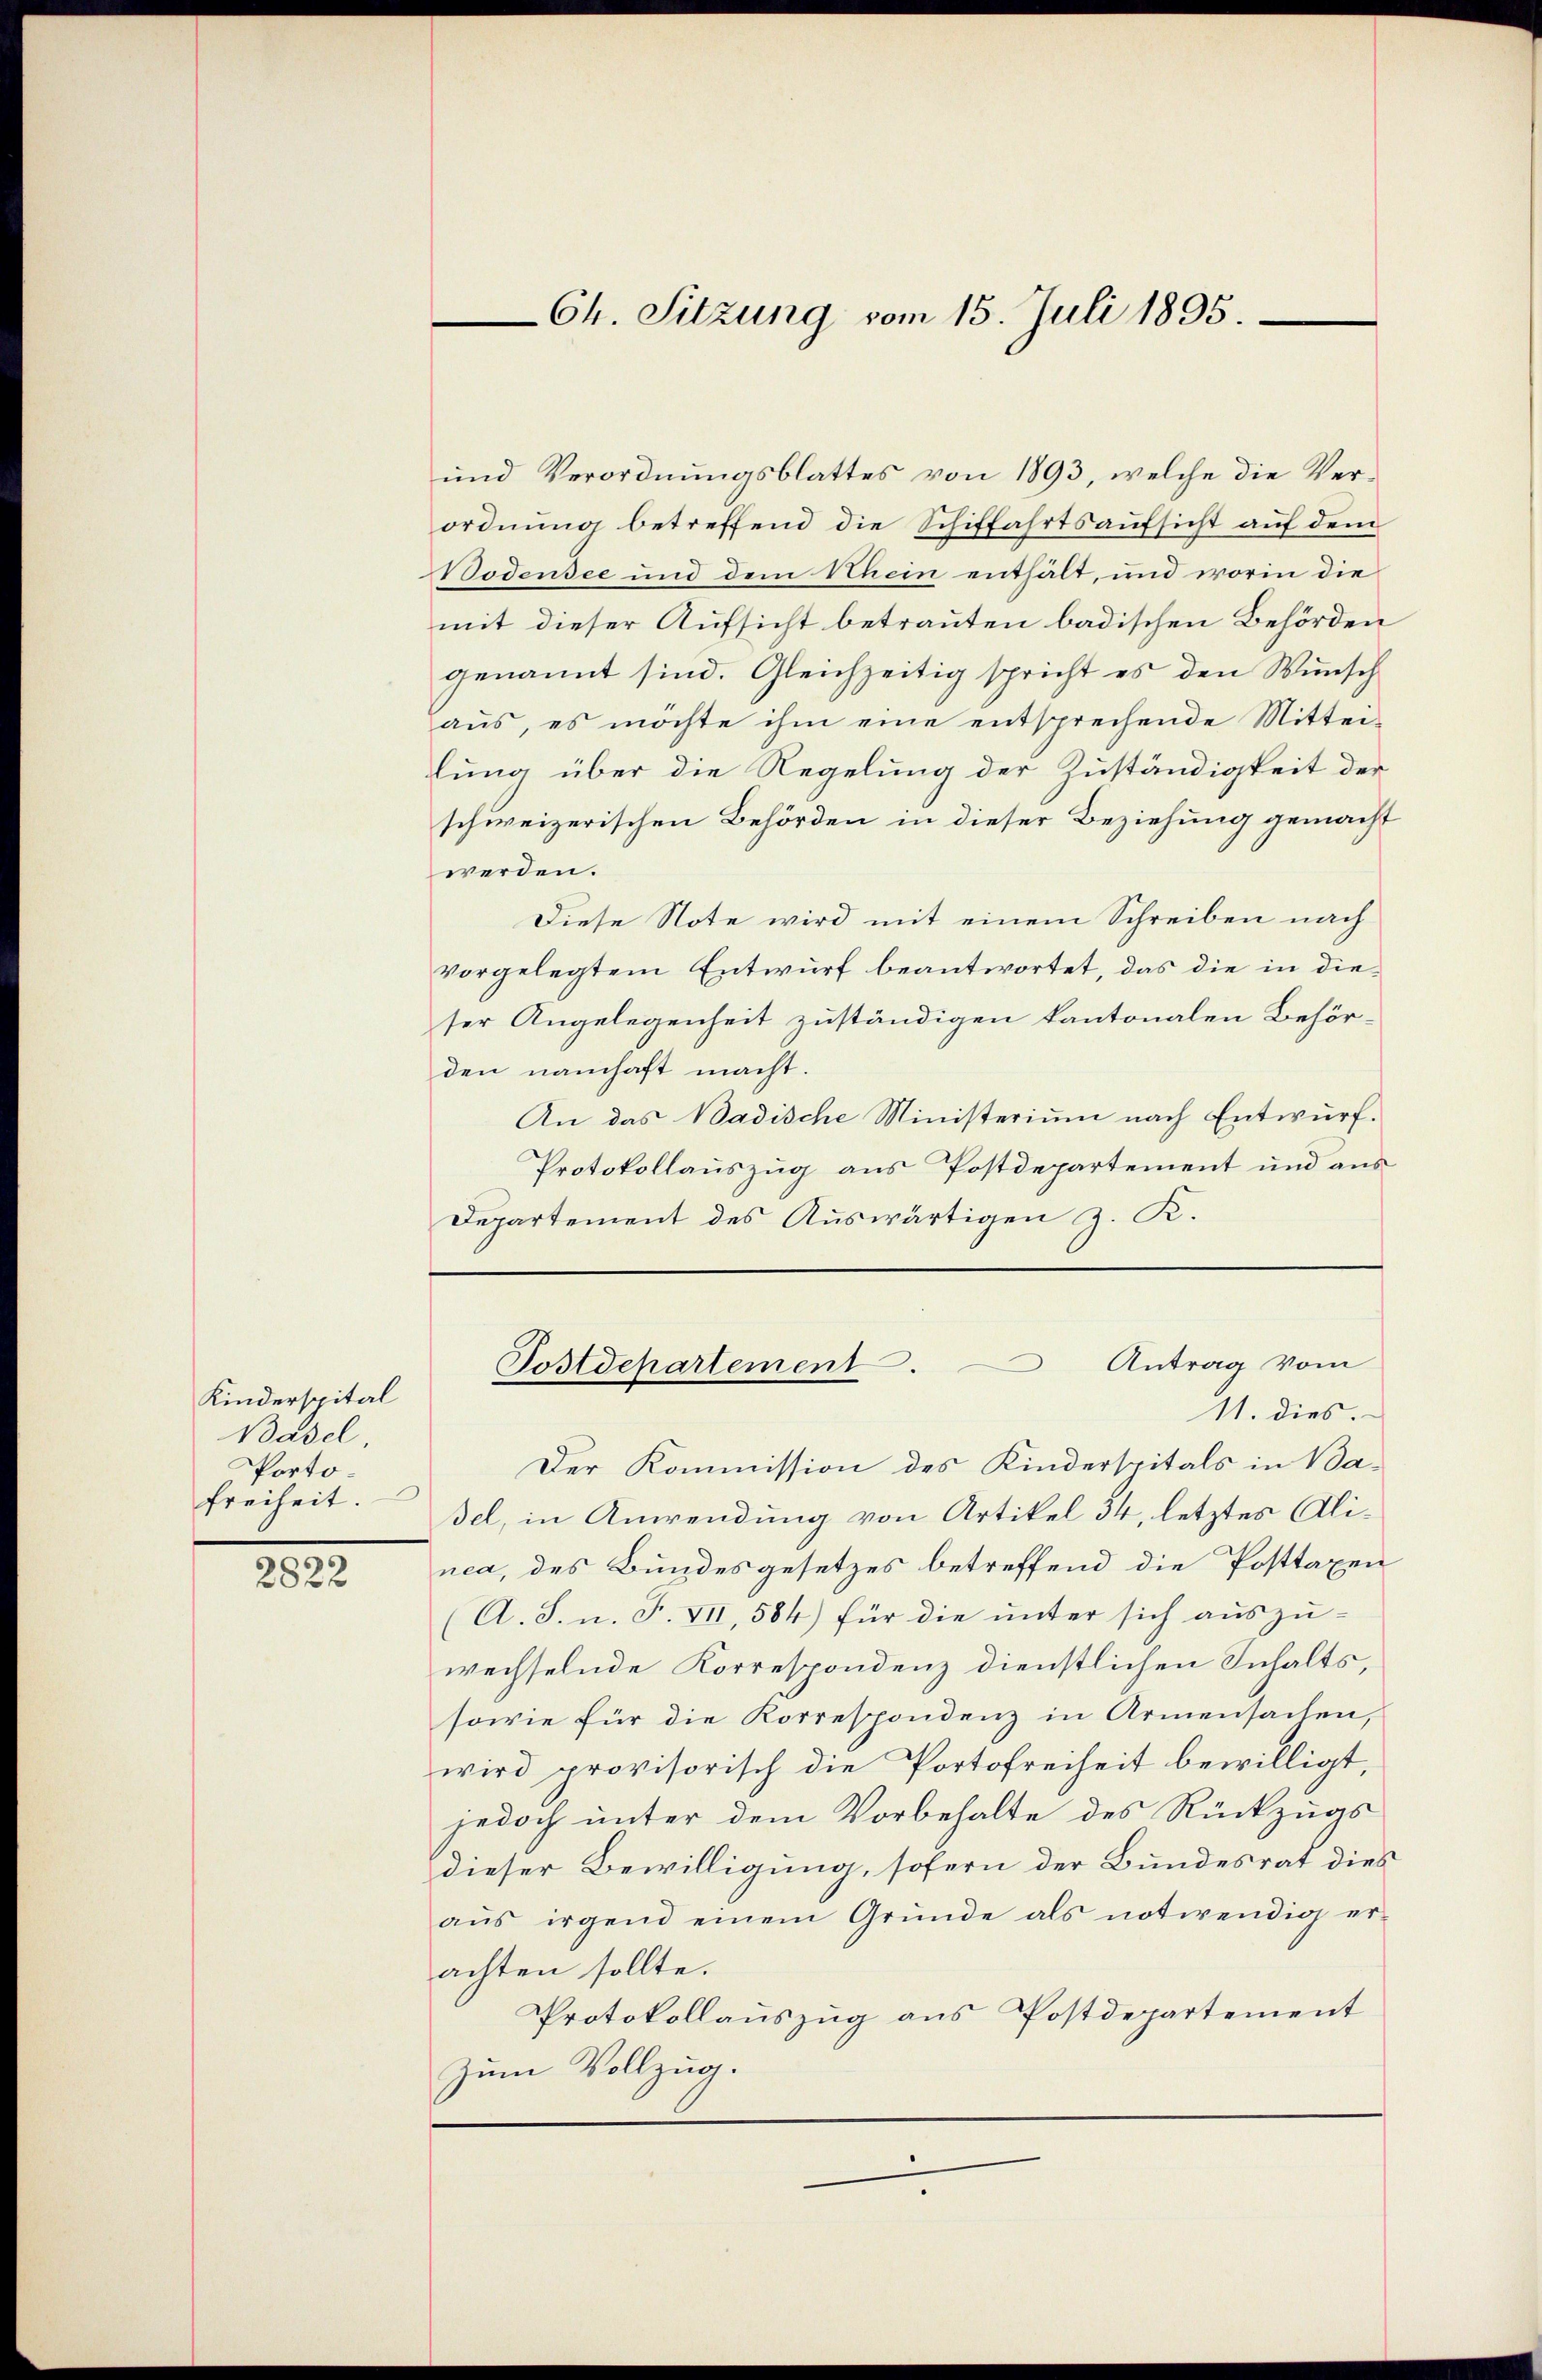
Kinderspital
Basel.
Portofreiheit.

2822

und Verordnungsblattes von 1893, welche die Verordnung betreffend die Schiffahrtsaufsicht auf dem
Bodensee und dem Schein enthält, und worin die
mit dieser Aufsicht betrauten badischen Behörden
genannt sind. Gleichzeitig spricht es den Wünsch
aŭs, es möchte ihm eine entsprechende Mittei-
lung über die Regelung der Zuständigkeit der
schweizerischen Behörden in dieser Beziehung gemacht
werden.
Diese Note wird mit einem Schreiben nach
vorgelegtem Entwurf beantwortet, das die in dieser Angelegenheit zuständigen kantonalen Behörden namhaft macht.
An das Badische Ministerium nach Entwurf.
Protokollauszug aus Postdepartement und aus
Departement des Auswärtigen z. K.

11. dies.
Der Kommission des Kinderspitals in Baßel, in Anwendung von Artikel 34, letztes Alinea, des Bundesgesetzes betreffend die Posttaxen
(A. S. n. F. VII, 584) für die unter sich auszu-
wechselnde Korrespondenz dienstlichen Inhalts,
sowie für die Korrespondenz in Armensachen,
wird provisorisch die Portofreiheit bewilligt,
jedoch unter dem Vorbehalte des Rückzugs
dieser Bewilligung, sofern der Bundesrat dies
aŭs irgend einem Gründe als notwendig er-
achten sollte.
Protokollauszug aus Postdepartement
zum Vollzug.

Ch. Sitzung vom 15. Juli 1895.

Postdepartement. Antrag vom